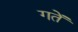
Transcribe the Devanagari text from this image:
गतें